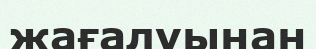
жағалуынан